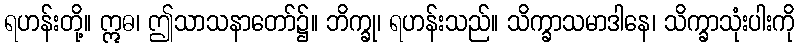
ရဟန်းတို့။ ဣဓ၊ ဤသာသနာတော်၌။ ဘိက္ခု၊ ရဟန်းသည်။ သိက္ခာသမာဒါနေ၊ သိက္ခာသုံးပါးကို